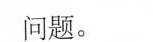
问题。